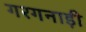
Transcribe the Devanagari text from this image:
गरगनाड़ी